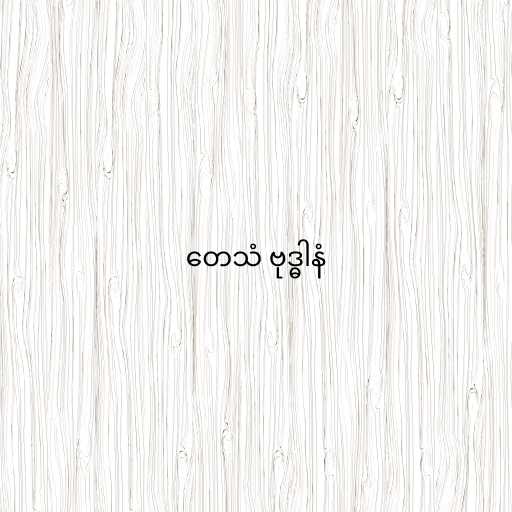
တေသံ ဗုဒ္ဓါနံ